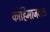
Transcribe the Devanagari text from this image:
कोहिमाजवळ